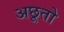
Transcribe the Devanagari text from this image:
अछूतो